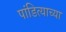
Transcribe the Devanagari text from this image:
पांडित्याच्या